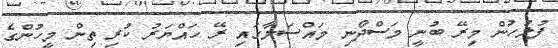
ފުލުހުން މިރޭ ބުނީ މަސްދޯނި މައްސަލާގައި ރޭ ހައްޔަރު ކުރި ތިން މީހުންގެ